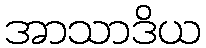
အာသာဒိယ